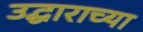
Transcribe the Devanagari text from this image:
उद्धाराच्या